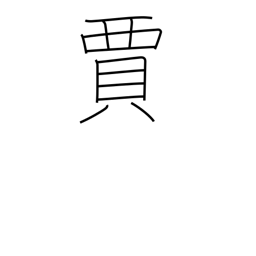
Meaning: tradesman